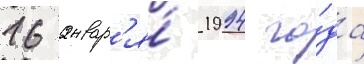
16 январ'я́ 1994 го́да